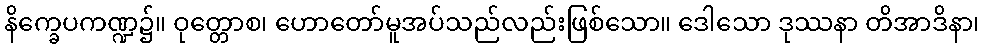
နိက္ခေပကဏ္ဍ၌။ ဝုတ္တောစ၊ ဟောတော်မူအပ်သည်လည်းဖြစ်သော။ ဒေါသော ဒုဿနာ တိအာဒိနာ၊